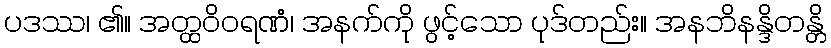
ပဒဿ၊ ၏။ အတ္ထဝိဝရဏံ၊ အနက်ကို ဖွင့်သော ပုဒ်တည်း။ အနဘိနန္ဒိတန္တိ